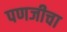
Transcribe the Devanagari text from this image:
पणजीचा